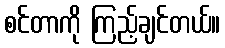
စင်တာကို ကြည့်ချင်တယ်။